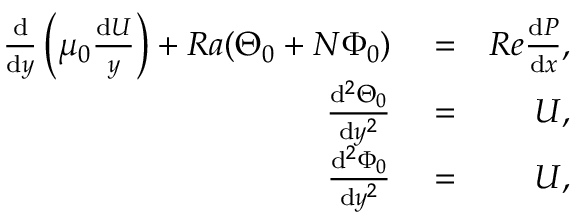
\begin{array} { r l r } { { \frac { \mathrm { d } } { \mathrm { d } y } } \left( \mu _ { 0 } { \frac { \mathrm { d } U } { y } } \right) + R a ( \Theta _ { 0 } + N \Phi _ { 0 } ) } & { { } = } & { R e { \frac { \mathrm { d } P } { \mathrm { d } x } } , } \\ { { \frac { \mathrm { d } ^ { 2 } \Theta _ { 0 } } { \mathrm { d } y ^ { 2 } } } } & { { } = } & { U , } \\ { { \frac { \mathrm { d } ^ { 2 } \Phi _ { 0 } } { \mathrm { d } y ^ { 2 } } } } & { { } = } & { U , } \end{array}